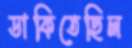
ডাকিতেছিল